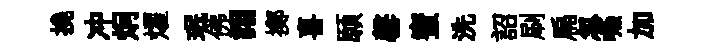
撓冲炯燿珉佛詡擲喜願罄蜜洗詔刷扁忽嚥加